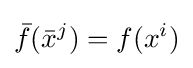
{\bar {f}}({\bar {x}}^{j})=f(x^{i})